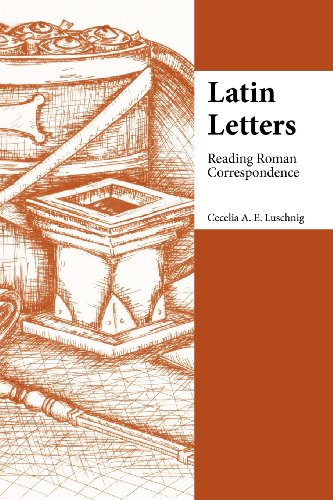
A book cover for Latin Letters: Reading Roman Correspondence (Focus Classical Commentary); Cecelia Luschnig; Literature & Fiction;